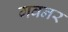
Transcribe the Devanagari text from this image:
गवनर